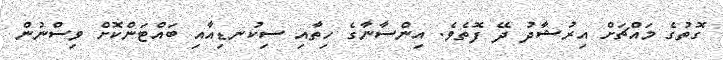
ގޮތުގެ މައްޗަށް އިރުޝާދު ދޭ ފޮތެވެ. އިންސާނާގެ ހިތާއި ސިކުނޑިއާއި ބައްޓަންކޮށް ވިސްނުން